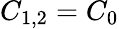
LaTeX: C_{1,2}=C_{0}